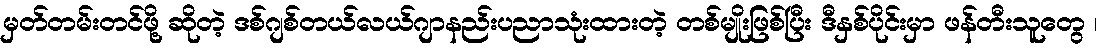
မှတ်တမ်းတင်ဖို့ ဆိုတဲ့ ဒစ်ဂျစ်တယ်လယ်ဂျာနည်းပညာသုံးထားတဲ့ တစ်မျိုးဖြစ်ပြီး ဒီနှစ်ပိုင်းမှာ ဖန်တီးသူတွေ ၊